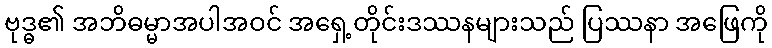
ဗုဒ္ဓ၏ အဘိဓမ္မာအပါအဝင် အရှေ့တိုင်းဒဿနများသည် ပြဿနာ အဖြေကို